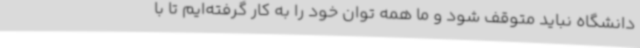
دانشگاه نباید متوقف شود و ما همه توان خود را به کار گرفته‌ایم تا با